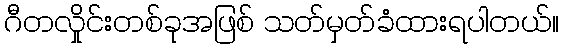
ဂီတလှိုင်းတစ်ခုအဖြစ် သတ်မှတ်ခံထားရပါတယ်။